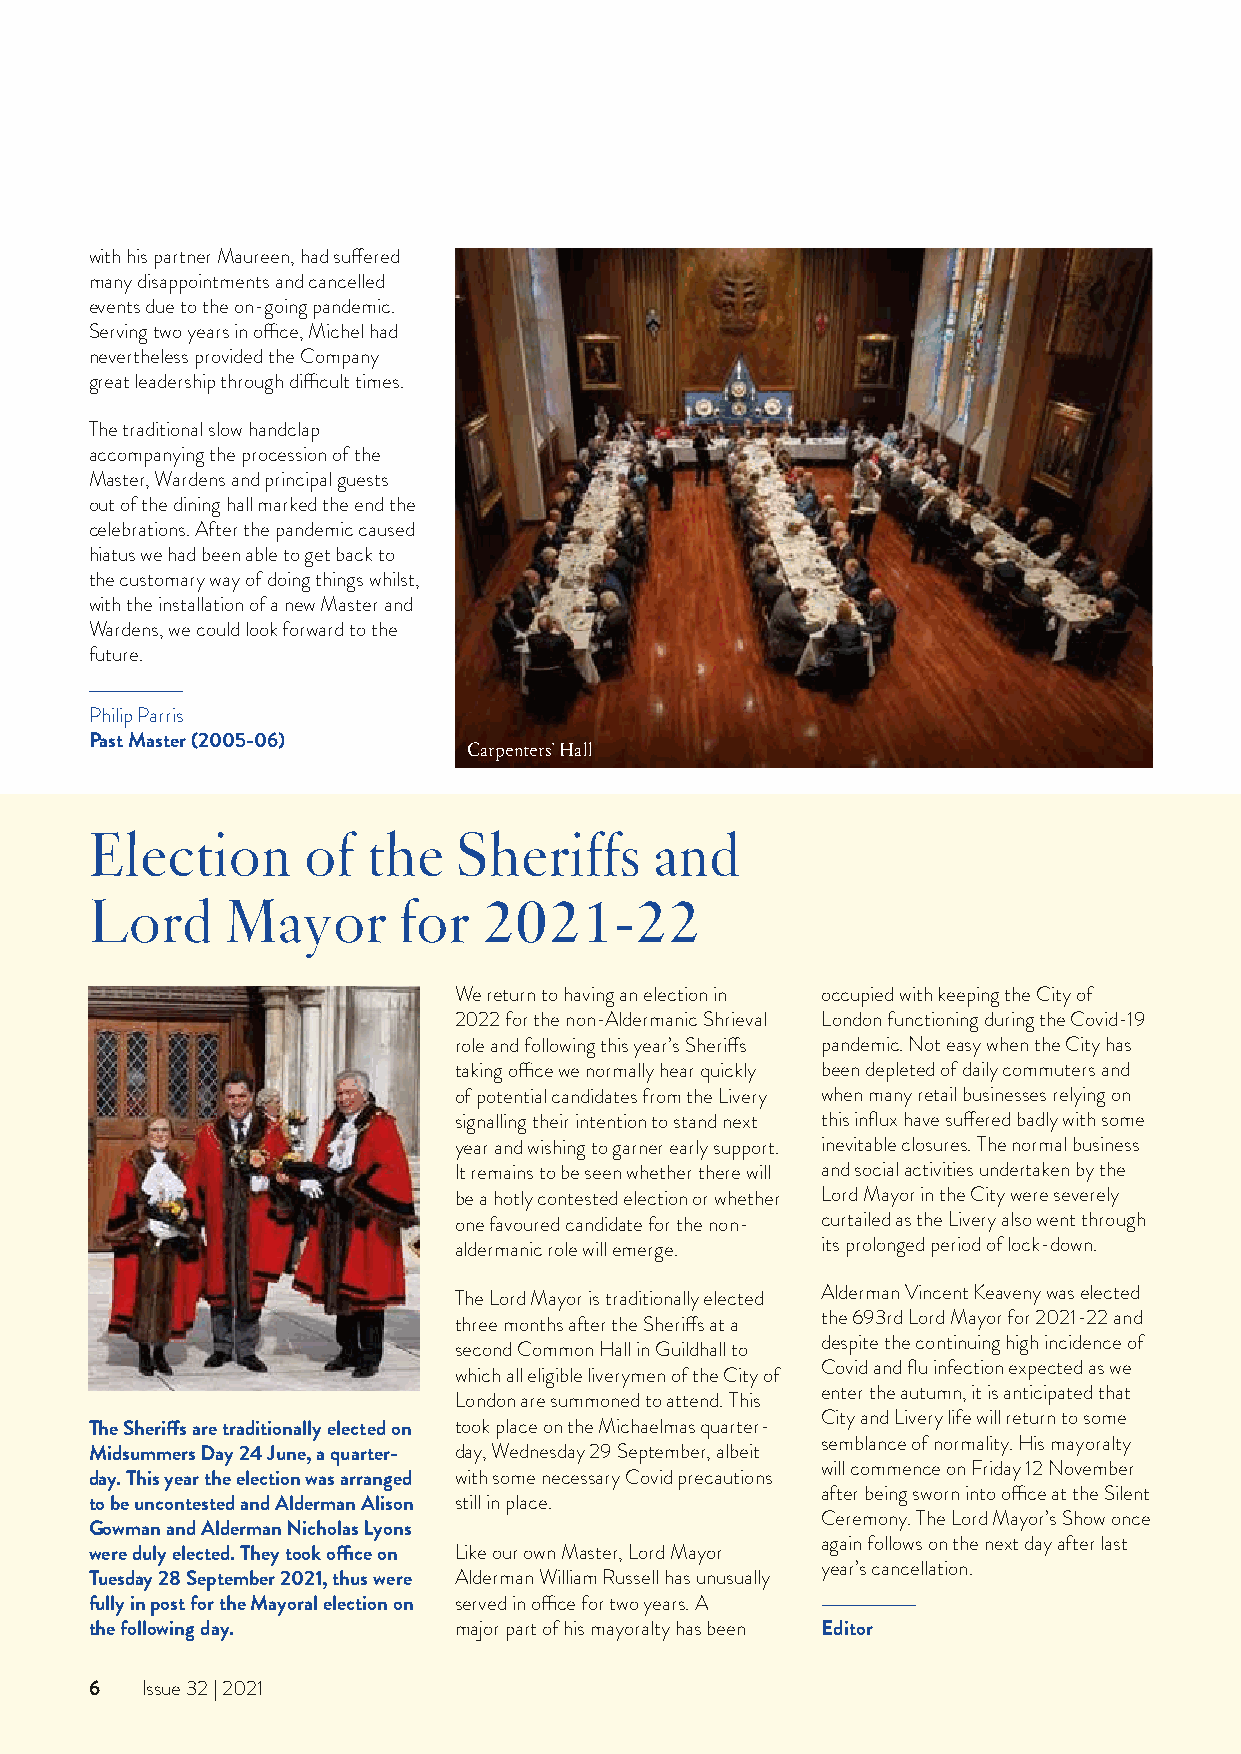
with his partner Maureen, had suffered
 many disappointments and cancelled
 events due to the on-going pandemic.
 Serving two years in office, Michel had
 nevertheless provided the Company
 great leadership through difficult times.
 The traditional slow handclap
 accompanying the procession of the
 Master, Wardens and principal guests
 out of the dining hall marked the end the
 celebrations. After the pandemic caused
 hiatus we had been able to get back to
 the customary way of doing things whilst,
 with the installation of a new Master and
 Wardens, we could look forward to the
 future.
 Philip Parris
 Past Master (2005-06)
 Carpenters’ Hall
 Election      of  the   Sheriffs     and
 Lord     Mayor      for   2021-22
 We return to having an election in occupied with keeping the City of
 2022 for the non-Aldermanic Shrieval London functioning during the Covid-19
 role and following this year’s Sheriffs pandemic. Not easy when the City has
 taking office we normally hear quickly been depleted of daily commuters and
 of potential candidates from the Livery when many retail businesses relying on
 signalling their intention to stand next this influx have suffered badly with some
 year and wishing to garner early support. inevitable closures. The normal business
 It remains to be seen whether there will and social activities undertaken by the
 be a hotly contested election or whether Lord Mayor in the City were severely
 one favoured candidate for the non- curtailed as the Livery also went through
 aldermanic role will emerge. its prolonged period of lock-down.
 The Lord Mayor is traditionally elected Alderman Vincent Keaveny was elected
 three months after the Sheriffs at a the 693rd Lord Mayor for 2021-22 and
 despite the continuing high incidence of
 second Common Hall in Guildhall to
 Covid and flu infection expected as we
 which all eligible liverymen of the City of
 enter the autumn, it is anticipated that
 London are summoned to attend. This
 City and Livery life will return to some
 The Sheriffs are traditionally elected on took place on the Michaelmas quarter-
 semblance of normality. His mayoralty
 Midsummers Day 24 June, a quarter- day, Wednesday 29 September, albeit
 will commence on Friday 12 November
 day. This year the election was arranged with some necessary Covid precautions
 after being sworn into office at the Silent
 to be uncontested and Alderman Alison still in place.
 Ceremony. The Lord Mayor’s Show once
 Gowman and Alderman Nicholas Lyons
 again follows on the next day after last
 were duly elected. They took office on Like our own Master, Lord Mayor
 year’s cancellation.
 Tuesday 28 September 2021, thus were Alderman William Russell has unusually
 fully in post for the Mayoral election on served in office for two years. A
 the following day.      major part of his mayoralty has been Editor
 6  Issue 32 | 2021